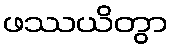
ဖဿယိတွာ